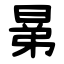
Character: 晜